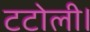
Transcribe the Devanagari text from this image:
टटोली।